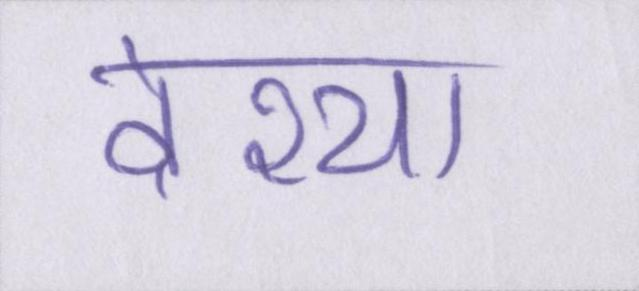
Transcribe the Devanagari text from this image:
वेश्या